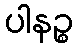
ပါနဉ္စ